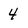
Character: 4